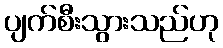
ပျက်စီးသွားသည်ဟု